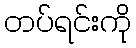
တပ်ရင်းကို